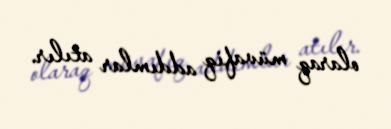
olaraq müvafiq addımlar atılır.